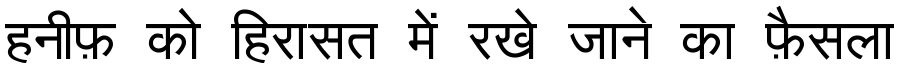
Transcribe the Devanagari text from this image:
हनीफ़ को हिरासत में रखे जाने का फ़ैसला